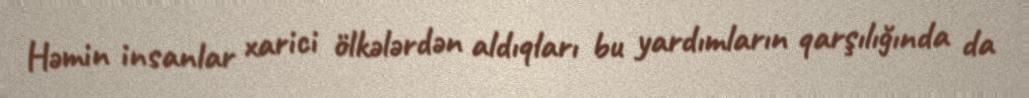
Həmin insanlar xarici ölkələrdən aldıqları bu yardımların qarşılığında da